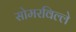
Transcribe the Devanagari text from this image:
सोमरविल्ले